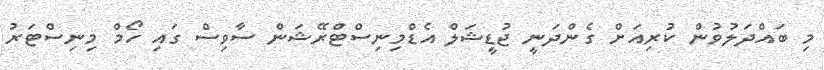
މި ބައްދަލުވުން ކުރިއަށް ގެންދަނީ ޖުޑީޝަލް އެޑްމިނިސްޓްރޭޝަން ސާވިސް ގައި ހޯމް މިނިސްޓަރު